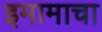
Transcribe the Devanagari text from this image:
इमामाचा